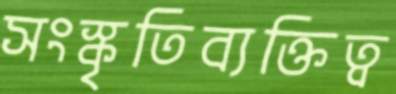
সংস্কৃতিব্যক্তিত্ব